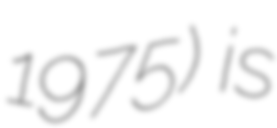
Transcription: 1975) is